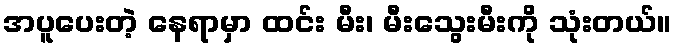
အပူပေးတဲ့ နေရာမှာ ထင်း မီး၊ မီးသွေးမီးကို သုံးတယ်။